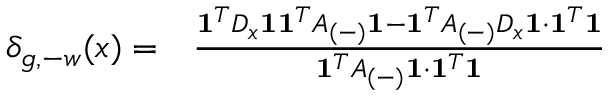
\begin{array} { r l } { \delta _ { g , - w } ( x ) = } & { { } \frac { \mathbf { 1 } ^ { T } D _ { x } \mathbf { 1 } \mathbf { 1 } ^ { T } A _ { ( - ) } \mathbf { 1 } - \mathbf { 1 } ^ { T } A _ { ( - ) } D _ { x } \mathbf { 1 } \cdot \mathbf { 1 } ^ { T } \mathbf { 1 } } { \mathbf { 1 } ^ { T } A _ { ( - ) } \mathbf { 1 } \cdot \mathbf { 1 } ^ { T } \mathbf { 1 } } } \end{array}